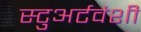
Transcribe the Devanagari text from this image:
स्टुअर्टवंशी